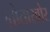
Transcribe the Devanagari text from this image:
ग़ोताखोर